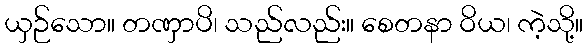
ယှဉ်သော။ တဏှာပိ၊ သည်လည်း။ စေတနာ ဝိယ၊ ကဲ့သို့။